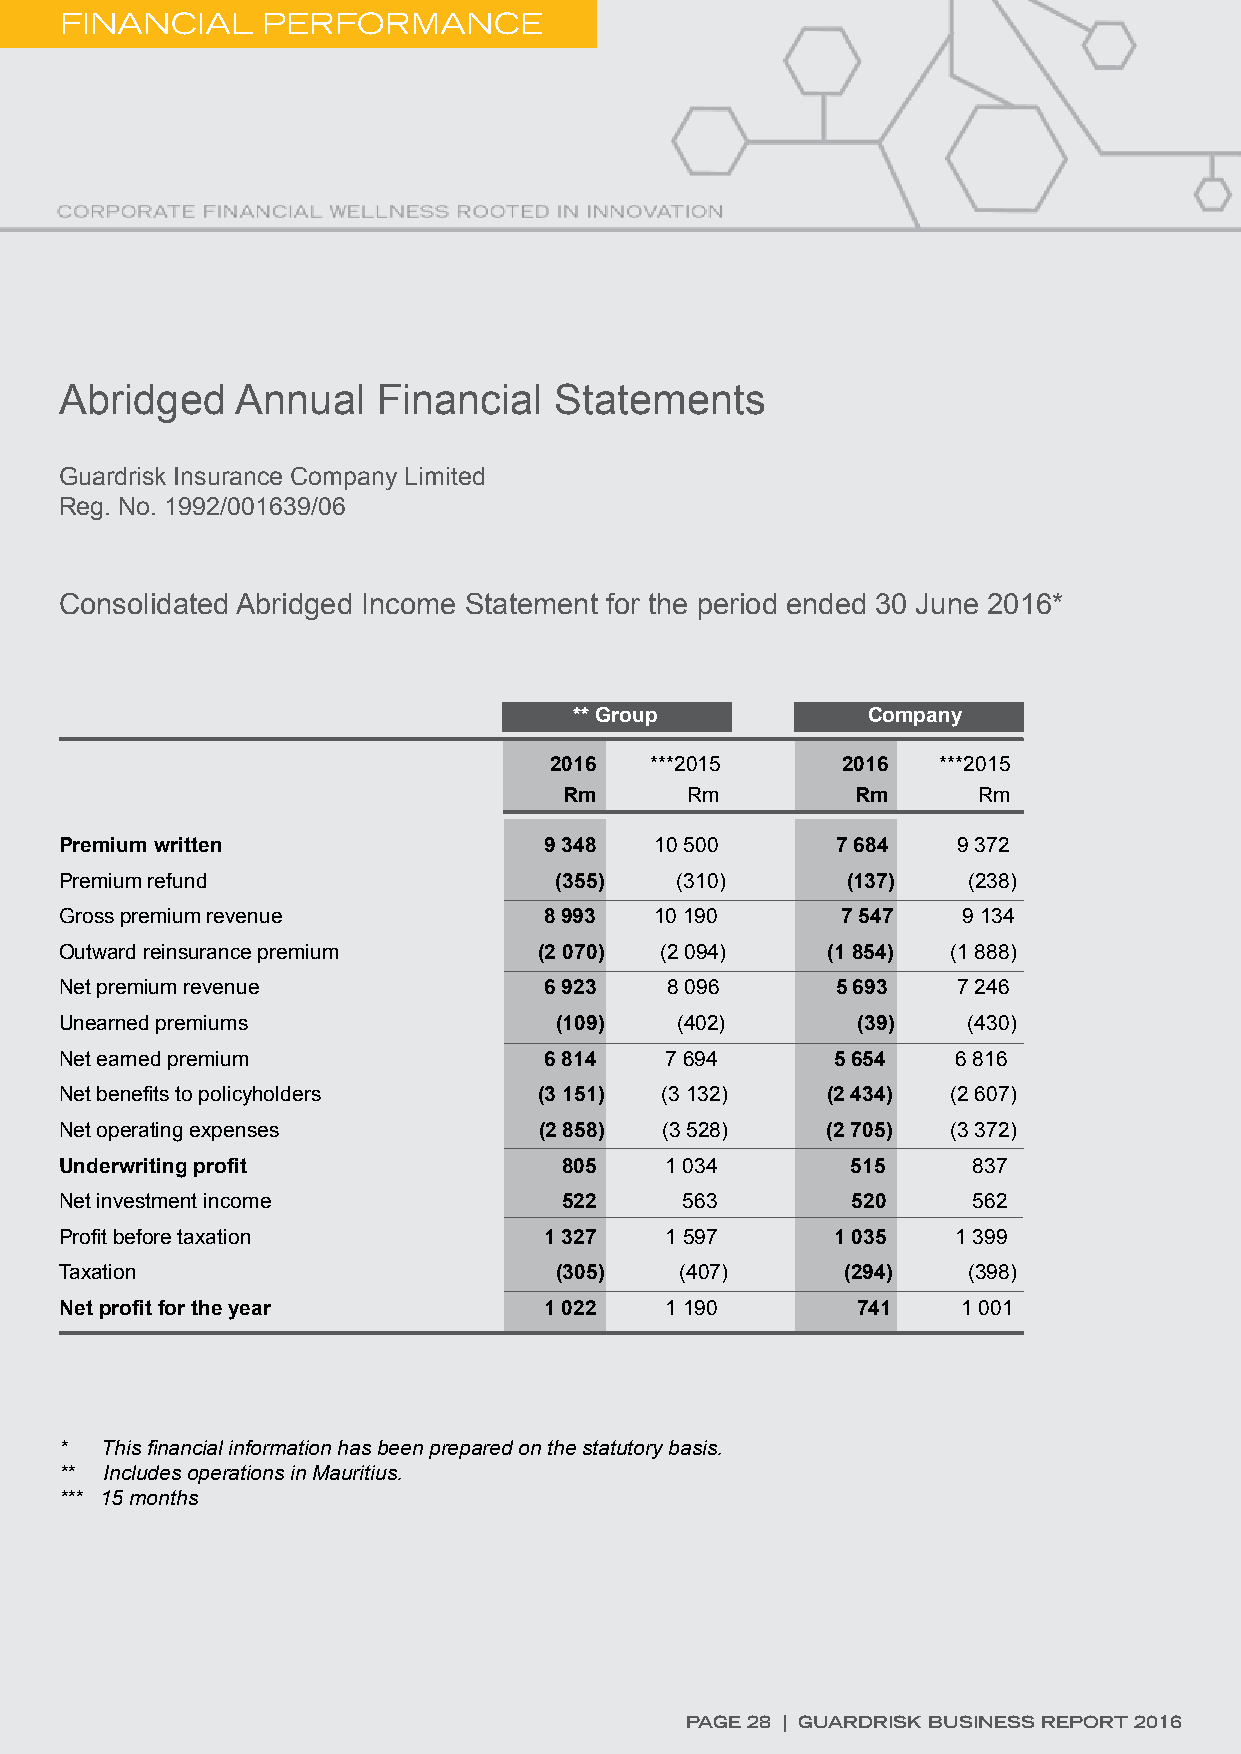
FINANCIAL    PERFORMANCE
 Abridged    Annual   Financial   Statements
 Guardrisk Insurance Company Limited
 Reg. No. 1992/001639/06
 Consolidated Abridged Income Statement for the period ended 30 June 2016*
 ** Group           Company
 2016   ***2015      2016  ***2015
 Rm      Rm          Rm      Rm
 Premium written                 9 348  10 500      7 684   9 372
 Premium refund                   (355)   (310)      (137)   (238)
 Gross premium revenue           8 993  10 190       7 547   9 134
 Outward reinsurance premium     (2 070) (2 094)    (1 854) (1 888)
 Net premium revenue             6 923   8 096      5 693   7 246
 Unearned premiums                (109)   (402)       (39)   (430)
 Net earned premium              6 814   7 694      5 654   6 816
 Net benefits to policyholders   (3 151) (3 132)    (2 434) (2 607)
 Net operating expenses          (2 858) (3 528)    (2 705) (3 372)
 Underwriting profit              805    1 034       515     837
 Net investment income            522     563        520     562
 Profit before taxation          1 327   1 597      1 035   1 399
 Taxation                         (305)   (407)      (294)   (398)
 Net profit for the year         1 022   1 190        741    1 001
 *  This financial information has been prepared on the statutory basis.
 ** Includes operations in Mauritius.
 *** 15 months
 PAGE 28 | GUARDRISK BUSINESS REPORT 2016